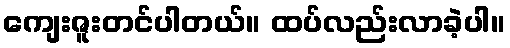
ကျေးဇူးတင်ပါတယ်။ ထပ်လည်းလာခဲ့ပါ။